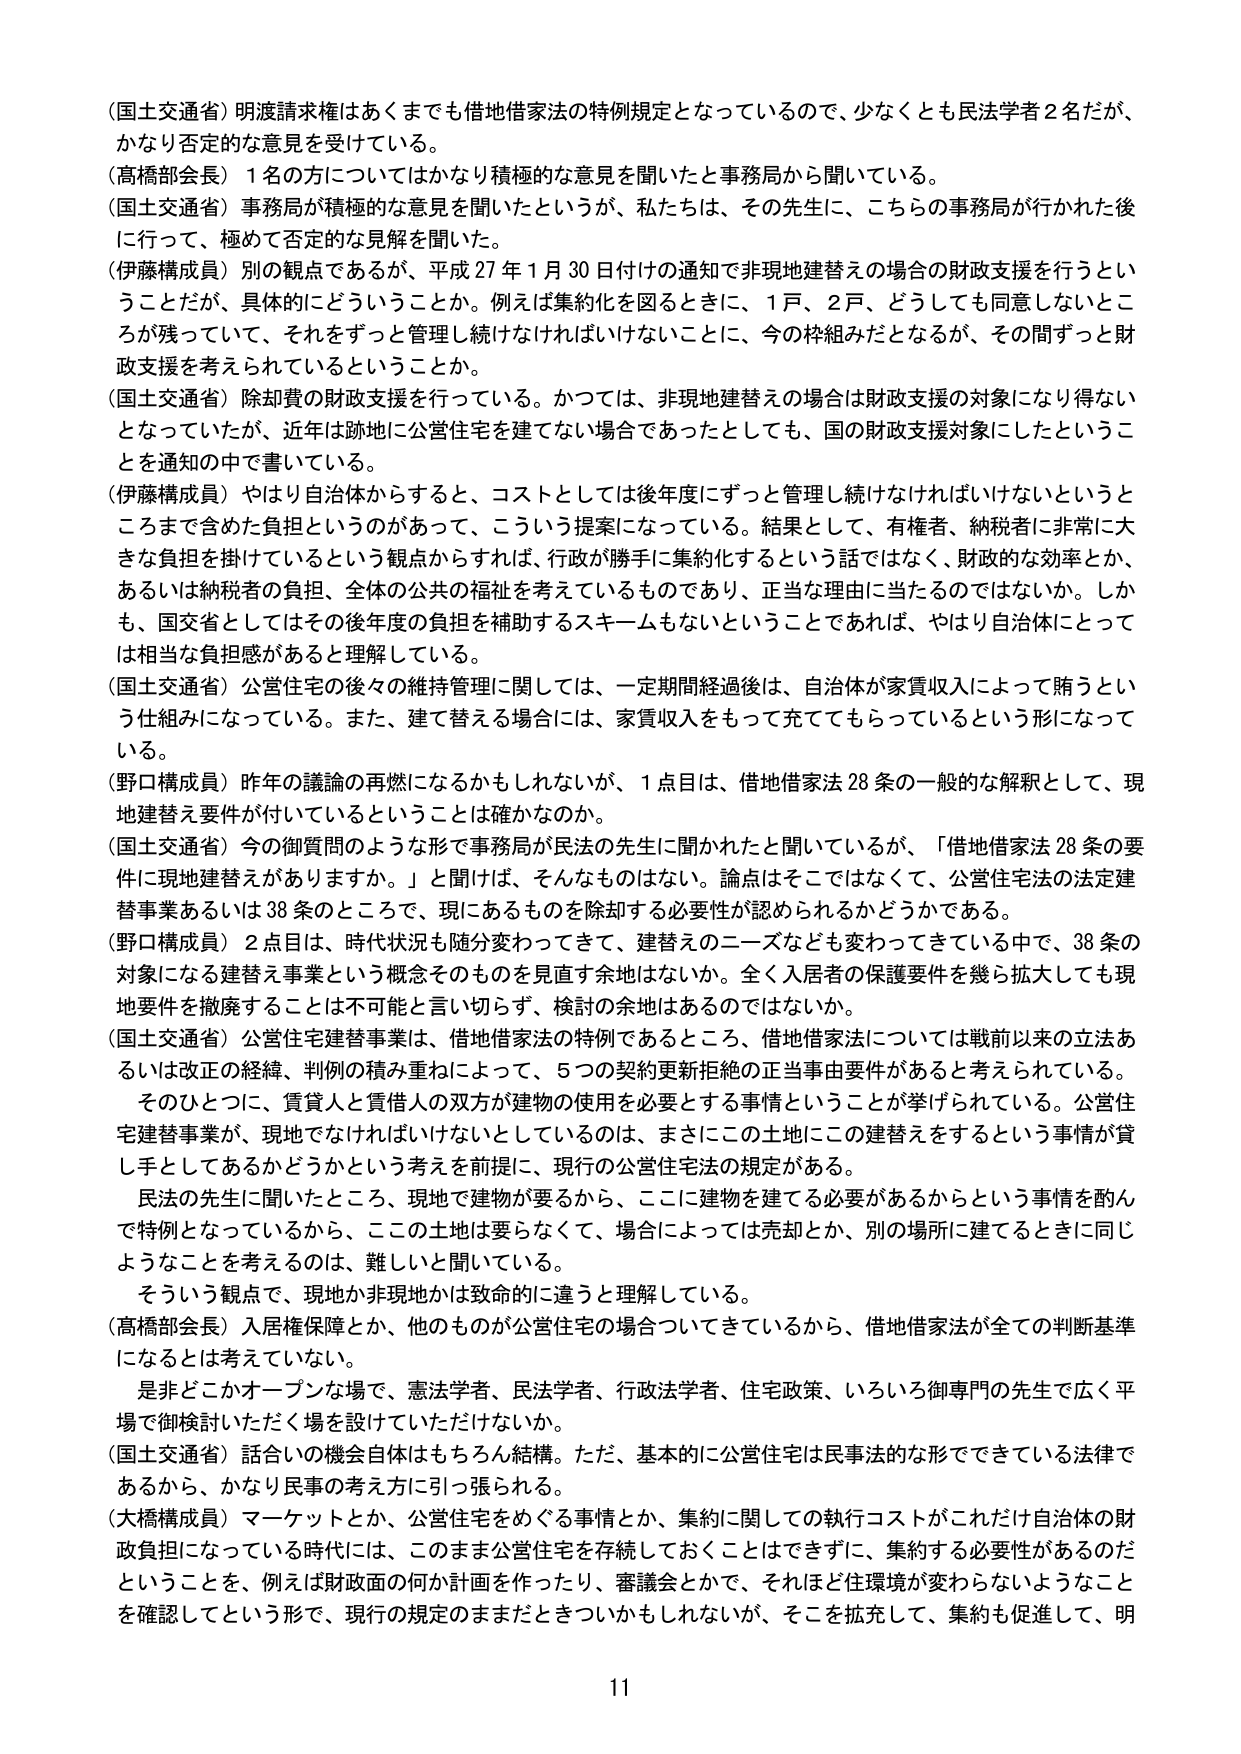
（国土交通省）明渡請求権はあくまでも借地借家法の特例規定となっているので、少なくとも民法学者２名だが、かなり否定的な意見を受けている。

（高橋部会長）１名の方についてはかなり積極的な意見を聞いたと事務局から聞いている。

（国土交通省）事務局が積極的な意見を聞いたというが、私たちは、その先生に、こちらの事務局が行かれた後に行って、極めて否定的な見解を聞いた。

（伊藤構成員）別の観点であるが、平成27年1月30日付けの通知で非現地建替えの場合の財政支援を行うということだが、具体的にどういうことか。例えば集約化を図るときに、１戸、２戸、どうしても同意しないところが残っていて、それをずっと管理し続けなければならないことに、今の枠組みだとなるが、その間ずっと財政支援を考えられているということか。

（国土交通省）除却費の財政支援を行っている。かつては、非現地建替えの場合は財政支援の対象になり得ないとなっていたが、近年は跡地に公営住宅を建てない場合であったとしても、国の財政支援対象にしたということを通知の中で書いている。

（伊藤構成員）やはり自治体からすると、コストとしては後年度にずっと管理し続けなければならないというところまで含めた負担というのがあって、こういう提案になっている。結果として、有権者、納税者に非常に大きな負担を掛けているという観点からすれば、行政が勝手に集約化するという話ではなく、財政的な効率とか、あるいは納税者の負担、全体の公共の福祉を考えているものであり、正当な理由に当たるのではないのか。しかも、国交省としてはその後年度の負担を補助するスキームもないということであれば、やはり自治体にとっては相当な負担感があると理解している。

（国土交通省）公営住宅の後々の維持管理に関しては、一定期間経過後は、自治体が家賃収入によって賄うという仕組みになっている。また、建て替える場合には、家賃収入をもって充ててもらっているという形になっている。

（野口構成員）昨年の議論の再燃になるかもしれないが、１点目は、借地借家法28条の一般的な解釈として、現地建替え要件が付いているということは確かなのか。

（国土交通省）今の御質問のような形で事務局が民法の先生に聞かれたと聞いているが、「借地借家法28条の要件に現地建替えがありますか。」と聞けば、そんなものはない。論点はそこではなくて、公営住宅法の法定建替事業あるいは38条のところで、現にあるものを除却する必要性が認められるかどうかである。

（野口構成員）２点目は、時代状況も随分変わってきて、建替えのニーズなども変わってきた中で、38条の対象になる建替え事業という概念そのものを見直す余地はないか。全く入居者の保護要件を幾ら拡大しても現地要件を撤廃することは不可能と言い切らず、検討の余地はあるのではないか。

（国土交通省）公営住宅建替事業は、借地借家法の特例であるところ、借地借家法については戦前以来の立法あるいは改正の経緯、判例の積み重ねによって、５つの契約更新拒絶の正当事由要件があると考えられている。そのひとつに、賃貸人と賃借人の双方が建物の使用を必要とする事情ということが挙げられている。公営住宅建替事業が、現地でなければならないとしているのは、まさにこの土地にこの建替えをするという事情が貸し手としてあるかどうかという考えを前提に、現行の公営住宅法の規定がある。

民法の先生に聞いたところ、現地で建物が要るから、ここに建物を建てる必要があるからという事情を酌んで特例となっているから、この土地は要らなくて、場合によっては売却とか、別の場所に建てるときに同じようなことを考えるのは、難しいと聞いている。

そういう観点で、現地か非現地かは致命的に違うと理解している。

（高橋部会長）入居権保障とか、他のものが公営住宅の場合についてきているから、借地借家法が全ての判断基準になるとは考えていない。

是非どこかオープンな場で、憲法学者、民法学者、行政法学者、住宅政策、いろいろ御専門の先生で広く平場で御検討いただく場を設けていただけないか。

（国土交通省）話合いの機会自体はもちろん結構。ただ、基本的に公営住宅は民事法的な形でできている法律であるから、かなり民事の考え方に引っ張られる。

（大橋構成員）マーケットとか、公営住宅をめぐる事情とか、集約に関しての執行コストがこれだけ自治体の財政負担になっている時代には、このまま公営住宅を存続しておくことはできずに、集約する必要性があるのだということを、例えば財政面の何か計画を作ったり、審議会とかで、それほど住環境が変わらないようなことを確認してという形で、現行の規定のままだときついかもしれないが、そこを拡充して、集約も促進して、明

11